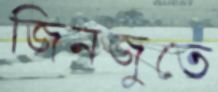
জিনজুতে